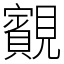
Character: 䚔